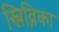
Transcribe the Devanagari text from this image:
स्लिव्निका